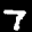
Label: 7